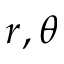
r , \theta